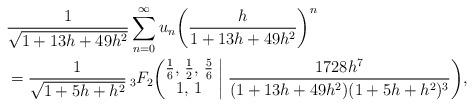
LaTeX: \begin{align*}&\frac1{\sqrt{1+13h+49h^2}}\sum_{n=0}^\infty u_n\biggl(\frac h{1+13h+49h^2}\biggr)^n\\ &=\frac1{\sqrt{1+5h+h^2}}\,{}_3F_2\biggl(\begin{matrix} \frac16, \, \frac12, \, \frac56 \\ 1, \, 1 \end{matrix}\biggm|\frac{1728h^7}{(1+13h+49h^2)(1+5h+h^2)^3}\biggr),\end{align*}